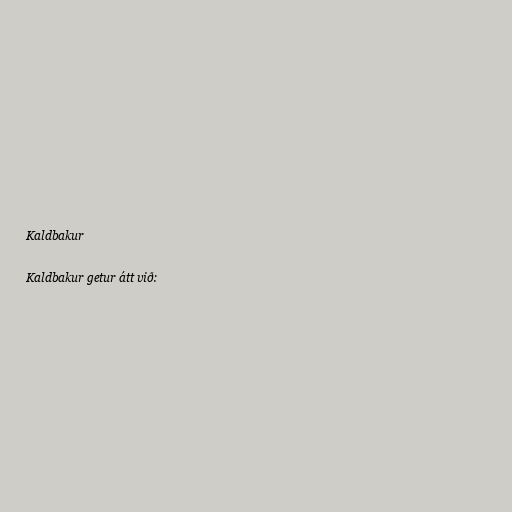
Kaldbakur

Kaldbakur getur átt við: